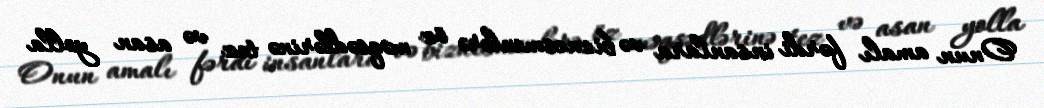
Onun amalı fərdi insanlara və biznesmenlərə öz məqsədlərinə tez və asan yolla